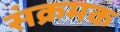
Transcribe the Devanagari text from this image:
संक्रमक